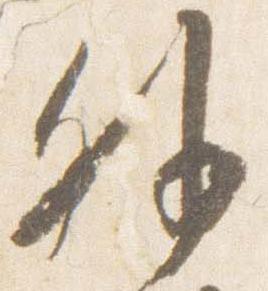
外